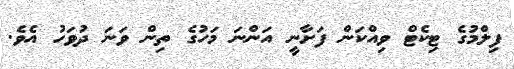
ފިލްމުގެ ޓިކެޓް ވިއްކަން ފަށާނީ އަންނަ މަހުގެ ތިން ވަނަ ދުވަހު އެވެ.